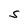
Character: S